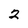
Character: 2